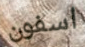
اسفون